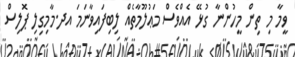
ވީމާ މި ތިން މީހުންނާ ގުޅޭ އެއްވެސް މަޢުލޫމާތެއް ލިބިފައިވާނަމަ އދ.މާމިގިލި ޕޮލިސް